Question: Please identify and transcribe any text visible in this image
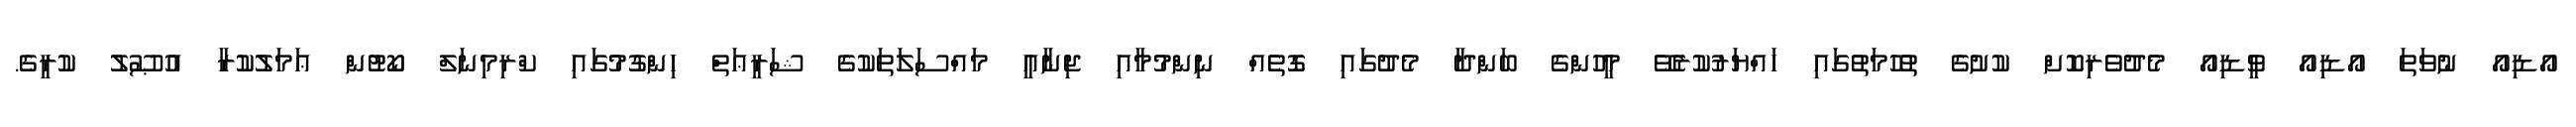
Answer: އޯޑިއޯ ނުވަތަ އޯޑިއޯ ވީޑިއޯ މެދުވެރިކޮށް ކުށުގެ ތުހުމަތުގައި ހައްޔަރުކުރެވޭ މީހުންގެ ބަންދާ މެދުގައި ގޮތެއް ނިންމުމާއި ޖިނާއީ މައްސަލަތަކުގެ ޝަރީޢަތް ހިންގުމުގައި ކްރިމިނަލް ކޯޓުން ޢަމަލުކުރާ އުޞޫލު ކުރީގެ.